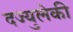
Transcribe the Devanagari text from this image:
दज्युलेकी